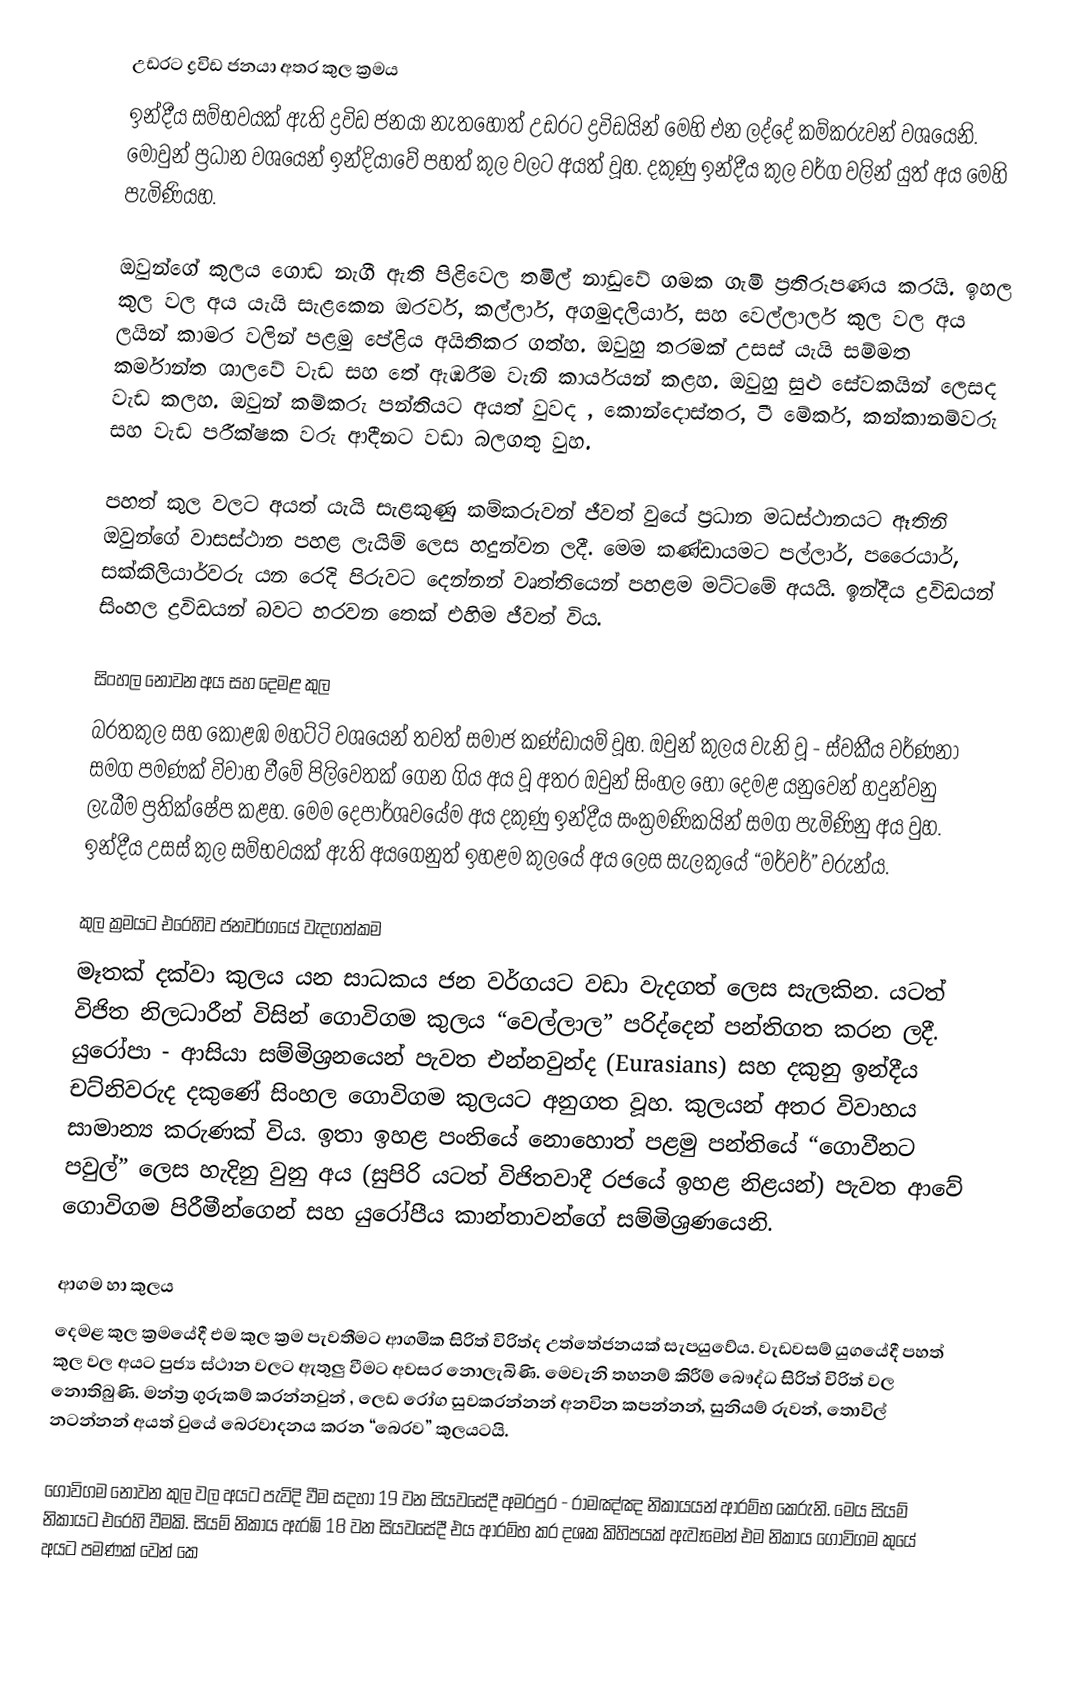
උඩරට ද්‍රවිඩ ජනයා අතර කුල ක්‍රමය
ඉන්දීය සම්භවයක් ඇති ද්‍රවිඩ ජනයා නැතහොත් උඩරට ද්‍රවිඩයින් මෙහි එන ලද්දේ කම්කරුවන් වශයෙනි. මොවුන් ප්‍රධාන වශයෙන් ඉන්දියාවේ පහත් කුල වලට අයත් වූහ. දකුණු ඉන්දීය කුල වර්ග වලින් යුත් අය මෙහි පැමිණියහ.

ඔවුන්ගේ කුලය ගොඩ නැගී ඇති පිළිවෙල තමිල් නාඩුවේ ගමක ගැමි ප්‍රතිරූපණය කරයි. ඉහල කුල වල අය යැයි සැළකෙන ඔරවර්, කල්ලාර්, අගමුදලියාර්, සහ වෙල්ලාලර් කුල වල අය ලයින් කාමර වලින් පළමු පේළිය අයිතිකර ගත්හ. ඔවුහු තරමක් උසස් යැයි සම්මත කර්මාන්ත ශාලවේ වැඩ සහ තේ ඇඹරීම වැනි කාර්යයන් කළහ. ඔවුහු සුළු සේවකයින් ලෙසද වැඩ කලහ. ඔවුන් කම්කරු පන්තියට අයත් වුවද , කොන්දොස්තර, ටී මේකර්, කන්කානම්වරු සහ වැඩ පරීක්ෂක වරු ආදීනට වඩා බලගතු වුහ.

පහත් කුල වලට අයත් යැයි සැළකුණු කම්කරුවන් ජීවත් වුයේ ප්‍රධාන මධස්ථානයට ඈතිනි ඔවුන‍්ගේ වාසස්ථාන පහළ ලැයිම් ලෙස හදුන්වන ලදී. මෙම කණ්ඩායමට පල්ලාර්, පරෛයාර්, සක්කිලියාර්වරු යන රෙදි පිරුවට දෙන්නන් වෘත්තියෙන් පහළම මට්ටමේ අයයි. ඉන්දීය ද්‍රවිඩයන් සිංහල ද්‍රවිඩයන් බවට හරවන තෙක් එහිම ජීවත් විය.

සිංහල නොවන අය සහ දෙමළ කුල
බරතකුල සහ කොළඹ මහට්ටි වශයෙන් තවත් සමාජ කණ්ඩායම් වූහ. ඔවුන් කුලය වැනි වූ - ස්වකීය වර්ණනා සමග පමණක් විවාහ වීමේ පිලිවෙතක් ගෙන ගිය අය වූ අතර ඔවුන් සිංහල හෝ දෙමළ යනුවෙන් හදුන්වනු ලැබීම ප්‍රතික්ෂේප කළහ. මෙම දෙපාර්ශවයේම අය දකුණු ඉන්දීය සංක්‍රමණිකයින් සමග පැමිණිනු අය වුහ. ඉන්දීය උසස් කුල සම්භවයක් ඇති අයගෙනුත් ඉහළම කුලයේ අය ලෙස සැලකුයේ “මර්වර්” වරුන්ය.

කුල ක්‍රමයට එරෙහිව ජනවර්ගයේ වැදගත්කම
මෑතක් දක්වා කුලය යන සාධකය ජන වර්ගයට වඩා වැදගත් ලෙස සැලකින. යටත් විජිත නිලධාරීන් විසින් ගොවිගම කුලය “වෙල්ලාල” පරිද්දෙන් පන්තිගත  කරන ලදී. යුරෝපා - ආසියා සම්මිශ්‍රනයෙන් පැවත එන්නවුන්ද (Eurasians) සහ දකුනු ඉන්දීය චට්නිවරුද දකුණේ සිංහල ගොවිගම කුලයට අනුගත වූහ. කුලයන් අතර විවාහය සාමාන්‍ය කරුණක් විය. ඉතා ඉහළ පංතියේ නොහොත් පළමු පන්තියේ “ගොවීනට පවුල්” ලෙස හැදිනු වුනු අය (සුපිරි යටත් විජිතවාදී රජයේ ඉහළ නිළයන්) පැවත ආවේ ගොවිගම පිරීමීන්ගෙන් සහ යුරෝපීය කාන්තාවන්ගේ සම්මිශ්‍රණයෙනි.

ආගම හා කුලය
දෙමළ කුල ක්‍රමයේදී එම කුල ක්‍රම පැවතීමට ආගමික සිරිත් විරිත්ද උත්තේජනයක් සැපයුවේය. වැඩවසම් යුගයේදී පහත් කුල වල අයට පුජ්‍ය ස්ථාන වලට‍ ඇතුලු වීමට අවසර නොලැබිණි. මෙවැනි තහනම් කිරීම් බෞද්ධ සිරිත් විරිත් වල නොතිබුණි. මන්ත්‍ර ගුරුකම් කරන්නවුන් , ලෙඩ රෝග සුවකරන්නන් අනවින කපන්නන්, සුනියම් රුවන්, තොවිල් නටන්නන් අයත් වුයේ බෙරවාදනය කරන “බෙරව” කුලයටයි.

ගොවිගම නොවන කුල වල අයට පැවිදි වීම සදහා 19 වන සියවසේදී අමරපුර - රාමඤ්ඤ නිකායයන් ආරම්භ කෙරුනි. මෙය සියම් නිකායට එරෙහි වීමකි. සියම් නිකාය ඇරඹි 18 වන සියවසේදී එය ආරම්භ කර දශක කිහිපයක් ඇවෑමෙන් එම නිකාය ගොවිගම කුයේ අයට පමණක් වෙන් කෙ